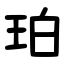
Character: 珀